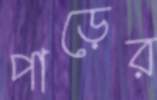
পাড়ের